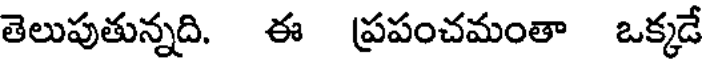
తెలుపుతున్నది. ఈ ప్రపంచమంతా ఒక్కడే